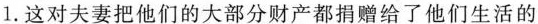
1.这对夫妻把他们的大部分财产都捐赠给了他们生活的